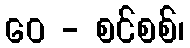
ဝေ - စင်စစ်၊